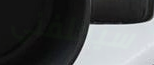
سيكلفني